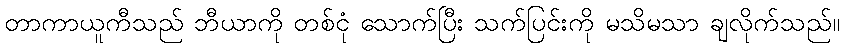
တာကာယူကီသည် ဘီယာကို တစ်ငုံ သောက်ပြီး သက်ပြင်းကို မသိမသာ ချလိုက်သည်။